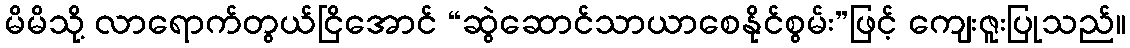
မိမိသို့ လာရောက်တွယ်ငြိအောင် “ဆွဲဆောင်သာယာစေနိုင်စွမ်း”ဖြင့် ကျေးဇူးပြုသည်။